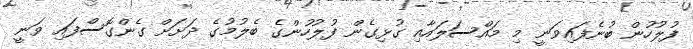
ފުލުހުން ބުނެފައިވަނީ މި މައްސަލައާއި ގުޅިގެން ފުލުހުންގެ ބެލުމުގެ ދަށަށް ގެންގޮސްފައި ވަނީ